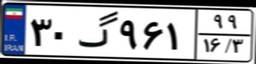
۳۰گ۹۶۱۹۹